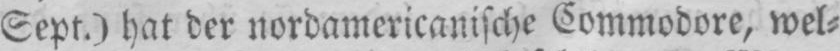
Sept.) hat der nordamericanische Commodore, wel⸗